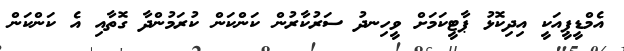
އެމްޑީޕީއަކީ އިދިކޮޅު ޕާޓީކަމަށް ވީހިނދު ސަރުކާރުން ކަންކަން ކުރަމުންދާ ގޮތާއި އެ ކަންކަން